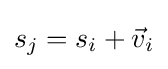
s_{j}=s_{i}+{\vec {v}}_{i}